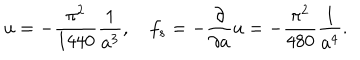
LaTeX: u = - { \frac { \pi ^ { 2 } } { 1 4 4 0 } } { \frac { 1 } { a ^ { 3 } } } , \quad f _ { s } = - { \frac { \partial } { \partial a } } u = - { \frac { \pi ^ { 2 } } { 4 8 0 } } { \frac { 1 } { a ^ { 4 } } } .